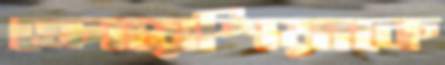
ক্রোয়েশিয়াকে